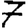
Digit: 7